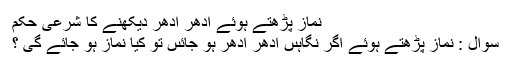
نماز پڑھتے ہوئے اِدھر اُدھر دیکھنے کا شرعی حکم
سُوال : نماز پڑھتے ہوئے اگر نگاہىں اِدھر اُدھر ہو جائىں تو کیا نماز ہو جائے گى ؟